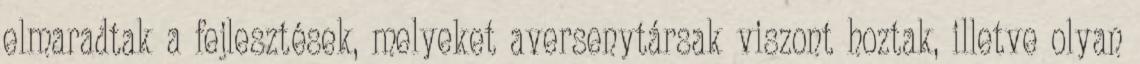
elmaradtak a fejlesztések, melyeket aversenytársak viszont hoztak, illetve olyan